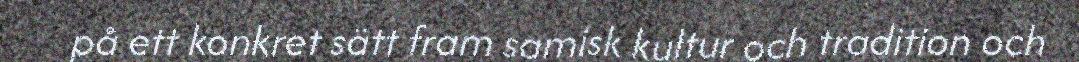
på ett konkret sätt fram samisk kultur och tradition och